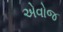
એવોજ